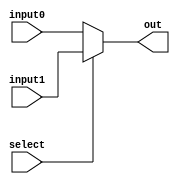
`timescale 1ns / 1ps
//////////////////////////////////////////////////////////////////////////////////
// Company: 
// Engineer: 
// 
// Design Name: 
// Module Name:    Mux_2_To_1 
// Project Name: 
// Target Devices: 
// Tool versions: 
// Description: 	 16-bit mux
// Input:			 Two 16-bit input
// Output:			 16-bit output
// Dependencies: 
//
// Revision: 
// Revision 0.01 - File Created
// Additional Comments: 
//
//////////////////////////////////////////////////////////////////////////////////
module Mux_2_To_1(input1, input0, select, out);
	
	input  select;						// 1 bit
	input	 [15:0] input1, input0;	// 16 bit
	
	output [15:0] out;				// 16 bit
	
	assign out = (select) ? input1 : input0;
	
endmodule